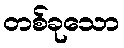
တစ်ခုသော